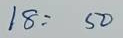
18 = 50